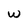
Character: w